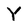
Character: Y